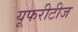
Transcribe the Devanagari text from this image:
यूफरीटीज